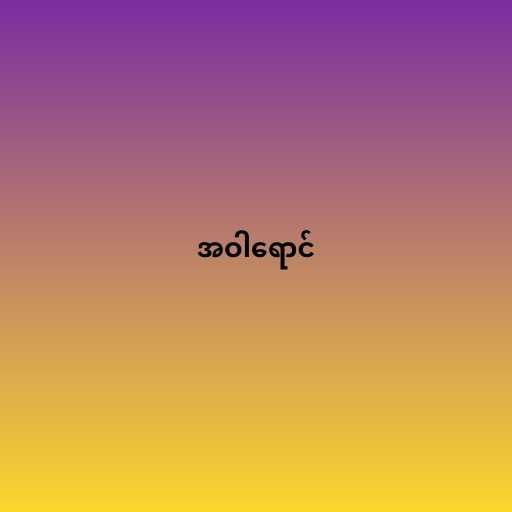
အဝါရောင်